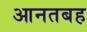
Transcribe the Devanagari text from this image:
आनतबह